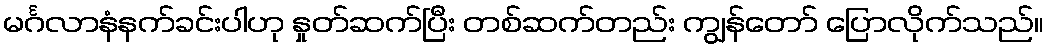
မင်္ဂလာနံနက်ခင်းပါဟု နှုတ်ဆက်ပြီး တစ်ဆက်တည်း ကျွန်တော် ပြောလိုက်သည်။